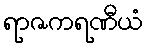
ရာဇကရဏီယံ